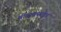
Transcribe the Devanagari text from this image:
मोनाक्साइड